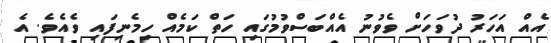
އެއް އަހަރު ދުވަހަށް ވެވުނު އެއްބަސްވުމުގައި ހަތް ކަމެއް ހިމެނިފައި ވެއެވެ. އެ